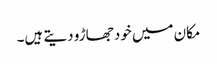
مکان میں خود جھاڑو دیتے ہیں۔